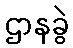
ဌာနခွဲ